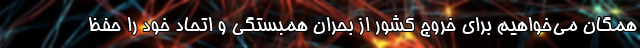
همگان می‌خواهیم برای خروج کشور از بحران همبستگی و اتحاد خود را حفظ